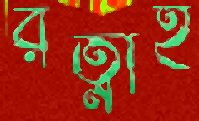
রত্নাই